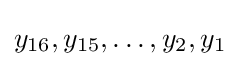
y_{16},y_{15},\ldots ,y_{2},y_{1}